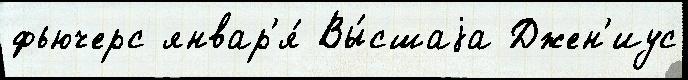
фьючерс январ'я́ Вы́сшаjа Джен'иус